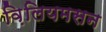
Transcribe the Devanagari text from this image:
व़िलियमसन